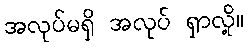
အလုပ်မရှိ အလုပ် ရှာလို့။